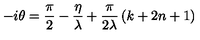
- i \theta = \frac { \pi } { 2 } - \frac { \eta } { \lambda } + \frac { \pi } { 2 \lambda } \left( k + 2 n + 1 \right)